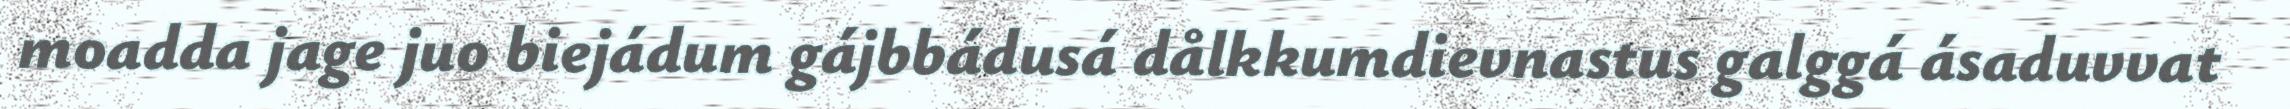
moadda jage juo biejádum gájbbádusá dålkkumdievnastus galggá ásaduvvat